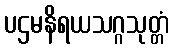
ပဌမနိရယသဂ္ဂသုတ္တံ